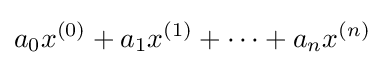
a_{0}x^{(0)}+a_{1}x^{(1)}+\dots +a_{n}x^{(n)}